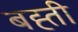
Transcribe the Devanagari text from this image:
बह्ती